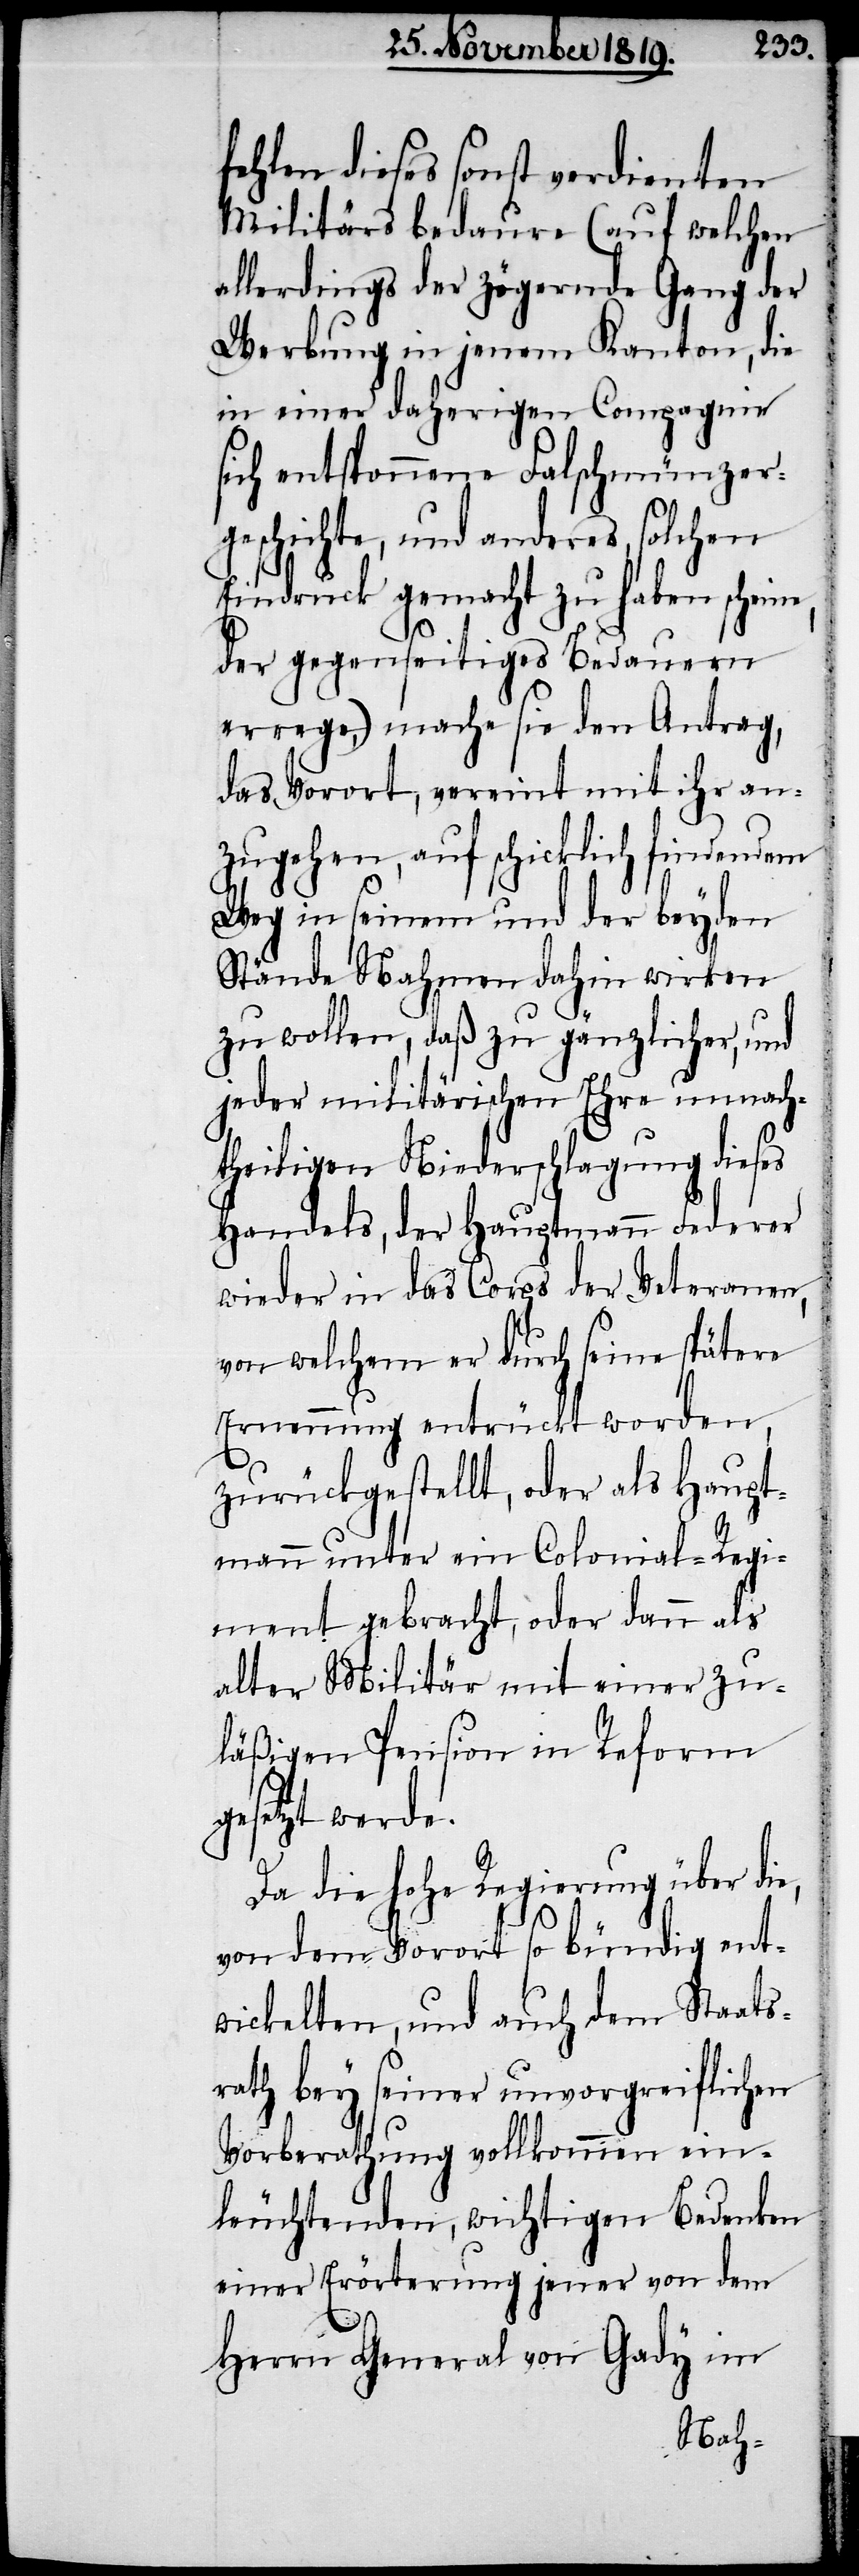
fehlen dieses sonst verdienten
Militärs bedaure (auf welchen
allerdings der zögernde Gang der
Werbung in jenem Kanton, die
in einer daherigen Compagnie
sich entsponnene Falschmünzer¬
geschichte, und anderes, solchen
Eindruck gemacht zu haben scheint,
der gegenseitiges Bedauern
errege,) mache sie den Antrag,
das Vorort, vereint mit ihr an¬
zugehen, auf schicklich findenden
Weg in seinem und der beyden
Stände Nahmen dahin wirken
zu wollen, daß zu gänzlicher, und
jeder militärischen Ehre unnach¬
theiligen Niederschlagung dieses
Handels, der Hauptmann Federer
wieder in das Corps der Veteranen,
von welchem er durch seine spätere
Ernennung entrückt worden,
zurückgestellt, oder als Haupt¬
mann unter ein Colonial-Regi¬
ment gebracht, oder dann als
alter Militär mit einer zu¬
läßigen Pension in Reform
gesetzt werde.
Da die hohe Regierung über die,
von dem Vorort so bündig ent¬
wickelten, und auch dem Staats¬
rath bey seiner unvorgreiflichen
Vorberathung vollkommen ein¬
leuchtenden, wichtigen Bedenken
einer Erörterung jener von dem
Herrn General von Gady im